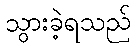
သွားခဲ့ရသည်